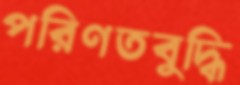
পরিণতবুদ্ধি